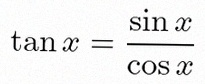
\tan x=\frac{\sin x}{\cos x}